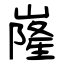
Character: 嶐